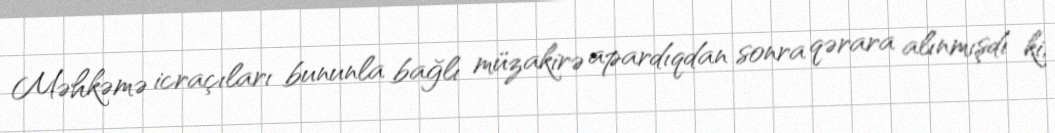
Məhkəmə icraçıları bununla bağlı müzakirə apardıqdan sonra qərara alınmışdı ki,